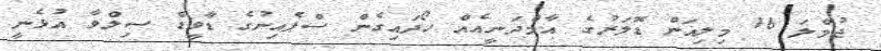
ޖުމްލަ 16 މިލިއަން ޑޮލަރުގެ އާމްދަނީއެއް ހޯދައިގެން ސްޕެއިނުގެ ޑާވީޑް ސިލްވާ އުޅެނީ